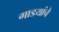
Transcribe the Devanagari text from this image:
गाडयांचे